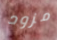
مزود